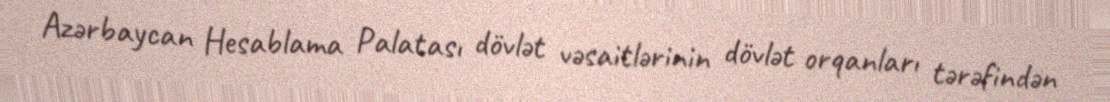
Azərbaycan Hesablama Palatası dövlət vəsaitlərinin dövlət orqanları tərəfindən